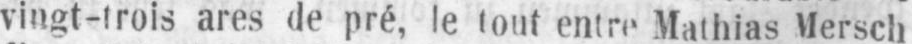
vingt-trois ares de pré, le tout entre Mathias Mersch